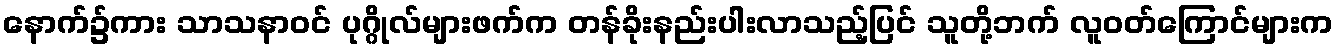
နောက်၌ကား သာသနာဝင် ပုဂ္ဂိုလ်များဖက်က တန်ခိုးနည်းပါးလာသည့်ပြင် သူတို့ဘက် လူဝတ်ကြောင်များက